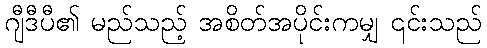
ဂျီဒီပီ၏ မည်သည့် အစိတ်အပိုင်းကမျှ ၎င်းသည်